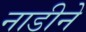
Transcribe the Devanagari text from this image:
नाडीने